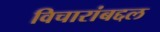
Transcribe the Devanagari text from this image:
विचारांबद्दल